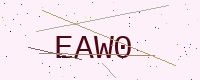
Text: EAW0